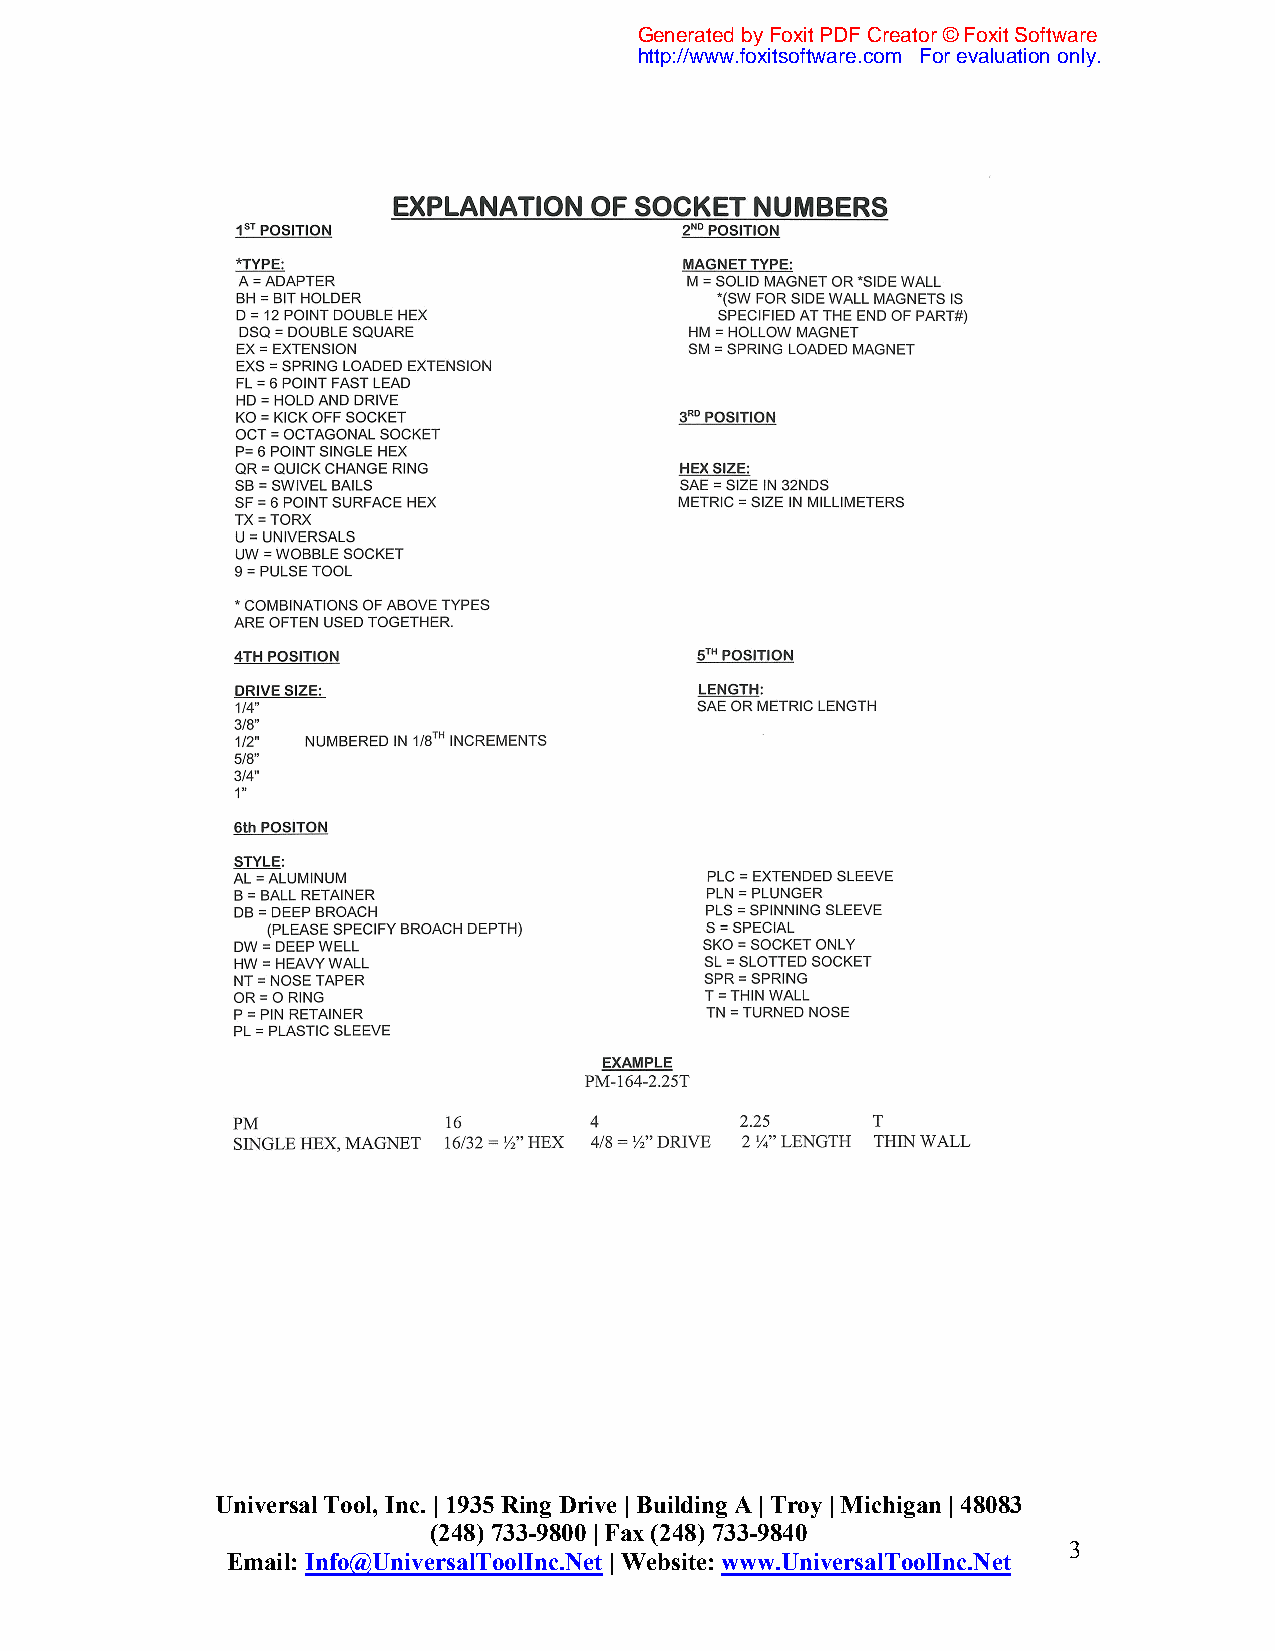
Generated by Foxit PDF Creator © Foxit Software
 http://www.foxitsoftware.com For evaluation only.
 Universal Tool, Inc. | 1935 Ring Drive | Building A | Troy | Michigan | 48083
 (248) 733-9800 | Fax (248) 733-9840
 3
 Email: Info@UniversalToolInc.Net | Website: www.UniversalToolInc.Net